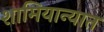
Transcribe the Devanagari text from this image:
शामियान्यात